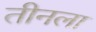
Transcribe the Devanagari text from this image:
तीनला